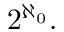
2 ^ { \aleph _ { 0 } } .